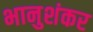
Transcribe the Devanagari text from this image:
भानुशंकर